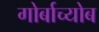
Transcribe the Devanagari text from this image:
गोर्बाच्योब